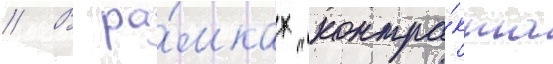
// В ра́мках "контра́кта